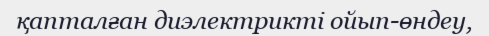
қапталған диэлектрикті ойып-өндеу,